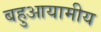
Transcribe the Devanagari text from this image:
बहुआयामीय